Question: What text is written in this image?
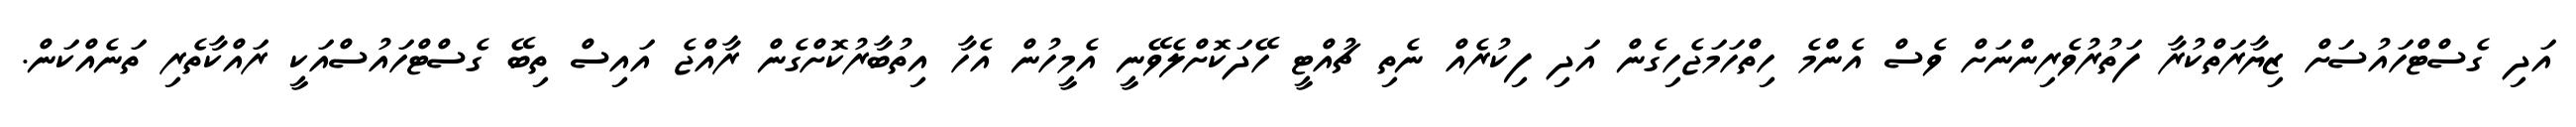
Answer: އަދި ގެސްޓްހައުސަށް ޒިޔާރަތްކުރާ ފަތުރުވެރިންނަށް ވެސް އެންމެ ހިތްހަމަޖެހިގެން އަދި ފިކުރެއް ނެތި ޗުއްޓީ ހޭދަކޮށްލެވޭނީ އެމީހުން އެހާ އިތުބާރުކޮށްގެން ރާއްޖެ އައިސް ތިބޭ ގެސްޓްހައުސްއަކީ ރައްކާތެރި ތަނެއްކަން.